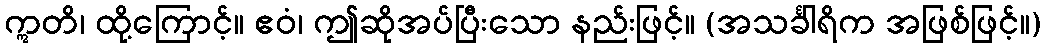
ဣတိ၊ ထို့ကြောင့်။ ဧဝံ၊ ဤဆိုအပ်ပြီးသော နည်းဖြင့်။ (အသင်္ခါရိက အဖြစ်ဖြင့်။)